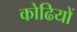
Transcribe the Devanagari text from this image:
कोढियों